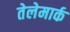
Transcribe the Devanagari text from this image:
तेलेमार्क